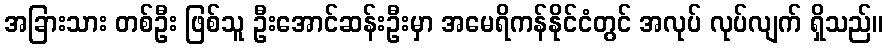
အခြားသား တစ်ဦး ဖြစ်သူ ဦးအောင်ဆန်းဦးမှာ အမေရိကန်နိုင်ငံတွင် အလုပ် လုပ်လျက် ရှိသည်။